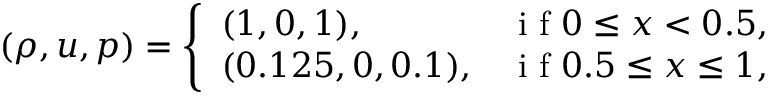
\left( \rho , u , p \right) = \left\{ \begin{array} { l l } { ( 1 , 0 , 1 ) , } & { \mathrm { ~ i ~ f ~ } 0 \leq x < 0 . 5 , } \\ { ( 0 . 1 2 5 , 0 , 0 . 1 ) , } & { \mathrm { ~ i ~ f ~ } 0 . 5 \leq x \leq 1 , } \end{array} \right.